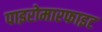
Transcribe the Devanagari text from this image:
पाइरोमारफाइट